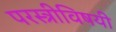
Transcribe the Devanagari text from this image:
परस्त्रीविषयी